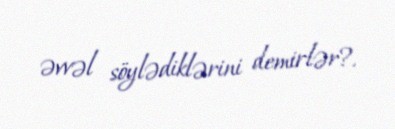
əvvəl söylədiklərini demirlər?.